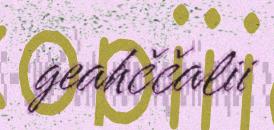
geahččalii